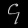
Digit: ၄